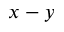
x - y